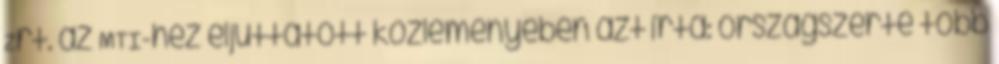
Zrt. az MTI-hez eljuttatott közleményében azt írta: országszerte több